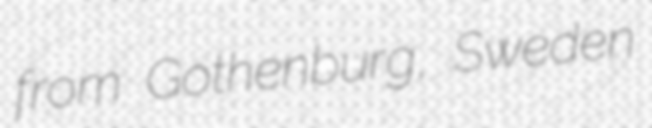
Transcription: from Gothenburg, Sweden